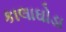
કાલાઘોડા